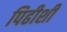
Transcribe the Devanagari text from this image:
पिढीशी